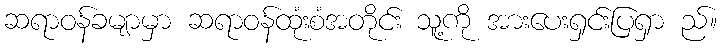
ဆရာဝန်ခမျာမှာ ဆရာဝန်ထုံးစံအတိုင်း သူ့ကို အားပေးရှင်းပြရှာ ည်။